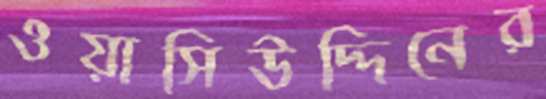
ওয়াসিউদ্দিনের